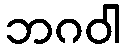
ဘဂဝါ